Leningradi_Edasi_toimetus, lk 224
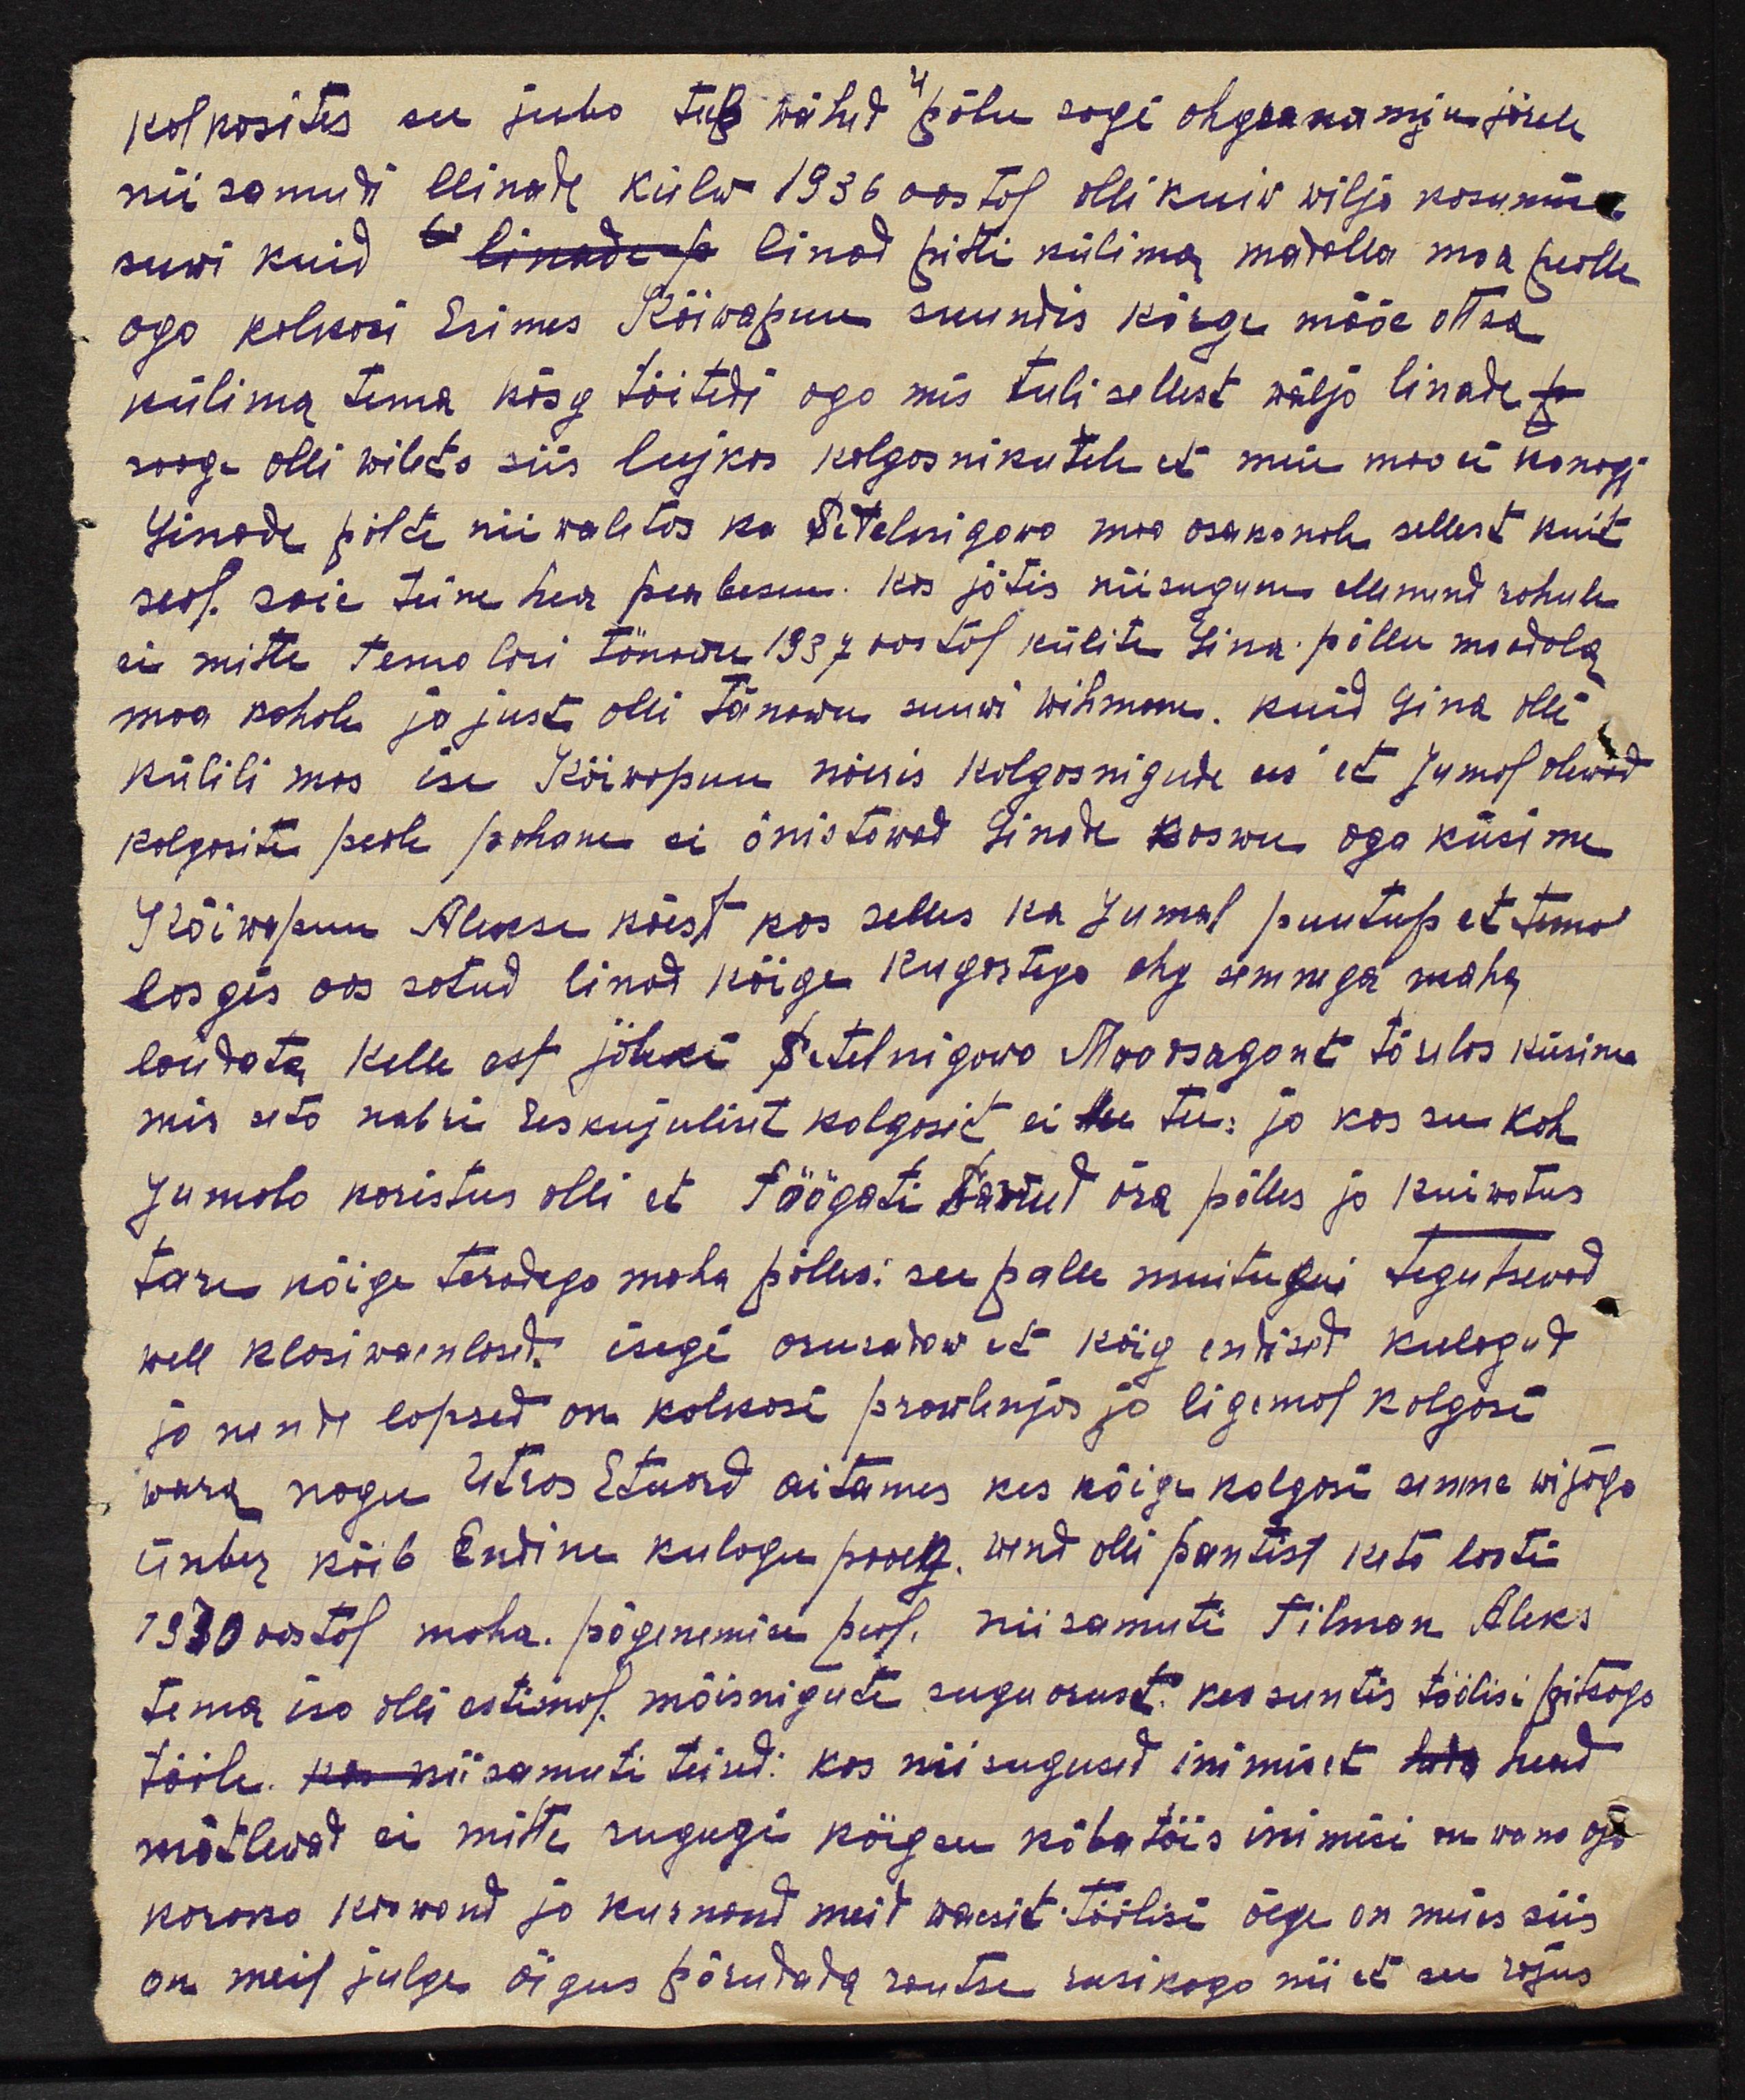
kolhosites see juba tule wähed põlu sagi ohguakamju järele
nii samuti llinade külv 1936 aastal olli kuiv wilja kasumine
suwi kuid linad pitti külima madalla maa pealle
ago kolkosi Esimes Kõiwapuu suundis kõrge määe otsa
külima tema käsg tööadi aga mis tuli sellest wälja linade
saag. olli wilets siis lujkas kolgosnikutele et meie maa ei kanagi
linade põlte nii waletas ka Setelnigova maa osakonale sellest kuit
seal saie teine hea peabesu. Kas jätis niisugune ellemend rahule
ei mitte tema lasi tänavu 1937 aastal külita Lina põllu madala
maa kohale ja just olli tänawu suuwi wihmane. kuid lina olli
külili mas ise Kõiwopuu nõuis kolgosnigude ees et Jumal olewad
kolgosite peale pahane ei õnistawad Linade kaswu aga küsime
Kõiwopuu Aleksi käest kas selles ka jumal puutup et tema
lasgis oos satud linad kõige kupartega ehg semnega maha,
laudata, kelle eest jäleki Setelnigowo Maa osagont tõulis küsimu
mis seta nabri eeskujuliset kolgosit ei tee: ja kas see kah
Jumala karistus olli et töögati lastud ära põlles ja kuiwatus
tare kõige teradega maha põlles see palk muitugu tegutsewad.
well klasiwaenlased. isegi arusadaw et kõig endised kulagud
ja nende lapsed on kolkosi prawlenjas ja ligemat kolgosi
wara nagu Utras Etuard aitames kes kõige kolgasi semne wiljaga.
ümber käib Endine kulagu poeg. Wend olli pantist keta lasti
1930 aastal maha põgenemisi peal. niisamuti Tilman Aleks
tema isa olli estimal mõisnigute sugu arust kes suntis töölisi pitsaga
tööle niisamuti teised: kas nii sugused inimiset head
mõtlevad ei mitte sugugi köigen käbutäis inimisi on vana aja
koroks kaswand ja kurnend meid waesit töölisi õige on miks siis
on meil julge õigus põrudada rautse rusikaga nii ei see rojus